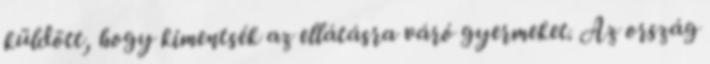
küldött, hogy kimentsék az ellátásra váró gyermeket. Az ország